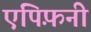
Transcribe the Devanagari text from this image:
एपिफ़नी